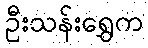
ဦးသန်းရွှေက